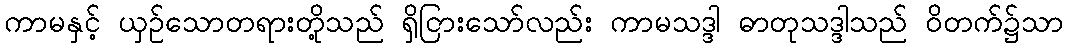
ကာမနှင့် ယှဉ်သောတရားတို့သည် ရှိငြားသော်လည်း ကာမသဒ္ဒါ ဓာတုသဒ္ဒါသည် ဝိတက်၌သာ